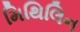
મિથિલિન